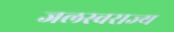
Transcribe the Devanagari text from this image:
जलस्वराज्य